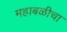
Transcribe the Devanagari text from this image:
महाबळीचा